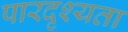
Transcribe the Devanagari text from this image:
पारदृश्यता